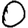
Digit: 0